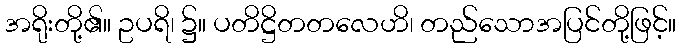
အရိုးတို့၏။ ဥပရိ၊ ၌။ ပတိဋ္ဌိတတလေဟိ၊ တည်သောအပြင်တို့ဖြင့်။